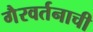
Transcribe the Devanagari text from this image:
गैरवर्तनाची